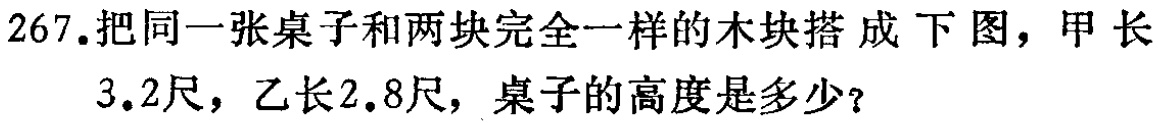
267.把同一张桌子和两块完全一样的木块搭成下图，甲长3.2尺，乙长2.8尺，桌子的高度是多少？